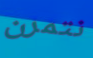
نتمرن